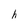
Character: h